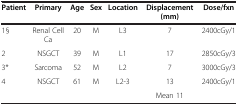
<table><thead><tr><td><b>Patient</b></td><td><b>Primary</b></td><td><b>Age</b></td><td><b>Sex</b></td><td><b>Location</b></td><td><b>Displacement (mm)</b></td><td><b>Dose/fxn</b></td></tr></thead><tbody><tr><td>1§</td><td>Renal Cell Ca</td><td>20</td><td>M</td><td>L3</td><td>7</td><td>2400cGy/1</td></tr><tr><td>2</td><td>NSGCT</td><td>39</td><td>M</td><td>L1</td><td>17</td><td>2850cGy/3</td></tr><tr><td>3*</td><td>Sarcoma</td><td>52</td><td>M</td><td>L2</td><td>7</td><td>3000cGy/3</td></tr><tr><td>4</td><td>NSGCT</td><td>61</td><td>M</td><td>L2-3</td><td>13</td><td>2400cGy/1</td></tr><tr><td> </td><td> </td><td> </td><td> </td><td> </td><td>Mean 11</td><td> </td></tr></tbody></table>